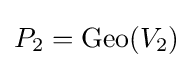
P_{2}=\mathrm {Geo} (V_{2})